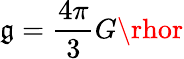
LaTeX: \mathfrak{g}={\frac{{4\pi}}{{3}}}G\rhor